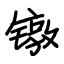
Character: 镦